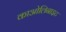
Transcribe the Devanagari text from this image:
काओलिनाइट